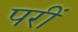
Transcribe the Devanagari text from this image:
परीं